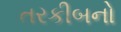
તરકીબનો